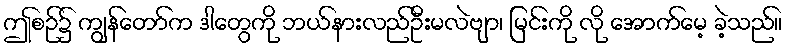
ဤစဉ်၌ ကျွန်တော်က ဒါတွေကို ဘယ်နားလည်ဦးမလဲဗျာ၊ မြင်းကို လို အောက်မေ့ ခဲ့သည်။